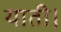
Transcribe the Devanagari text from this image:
याती।